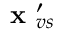
\textbf { x } _ { v s } ^ { \prime }